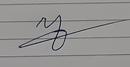
Signature authenticity: forged